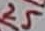
Text: 25